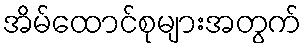
အိမ်ထောင်စုများအတွက်